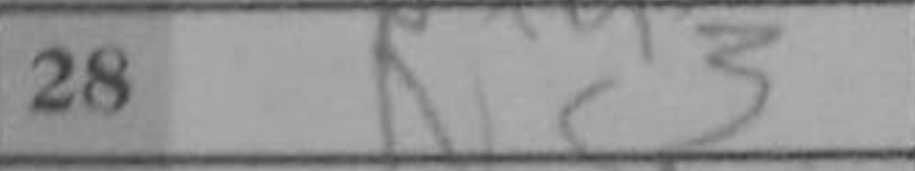
Transcription: Nc3